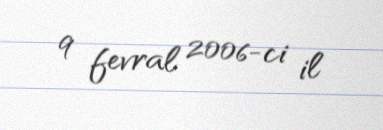
9 fevral 2006-ci il